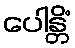
ပေါန္တိံ